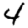
Digit: 4